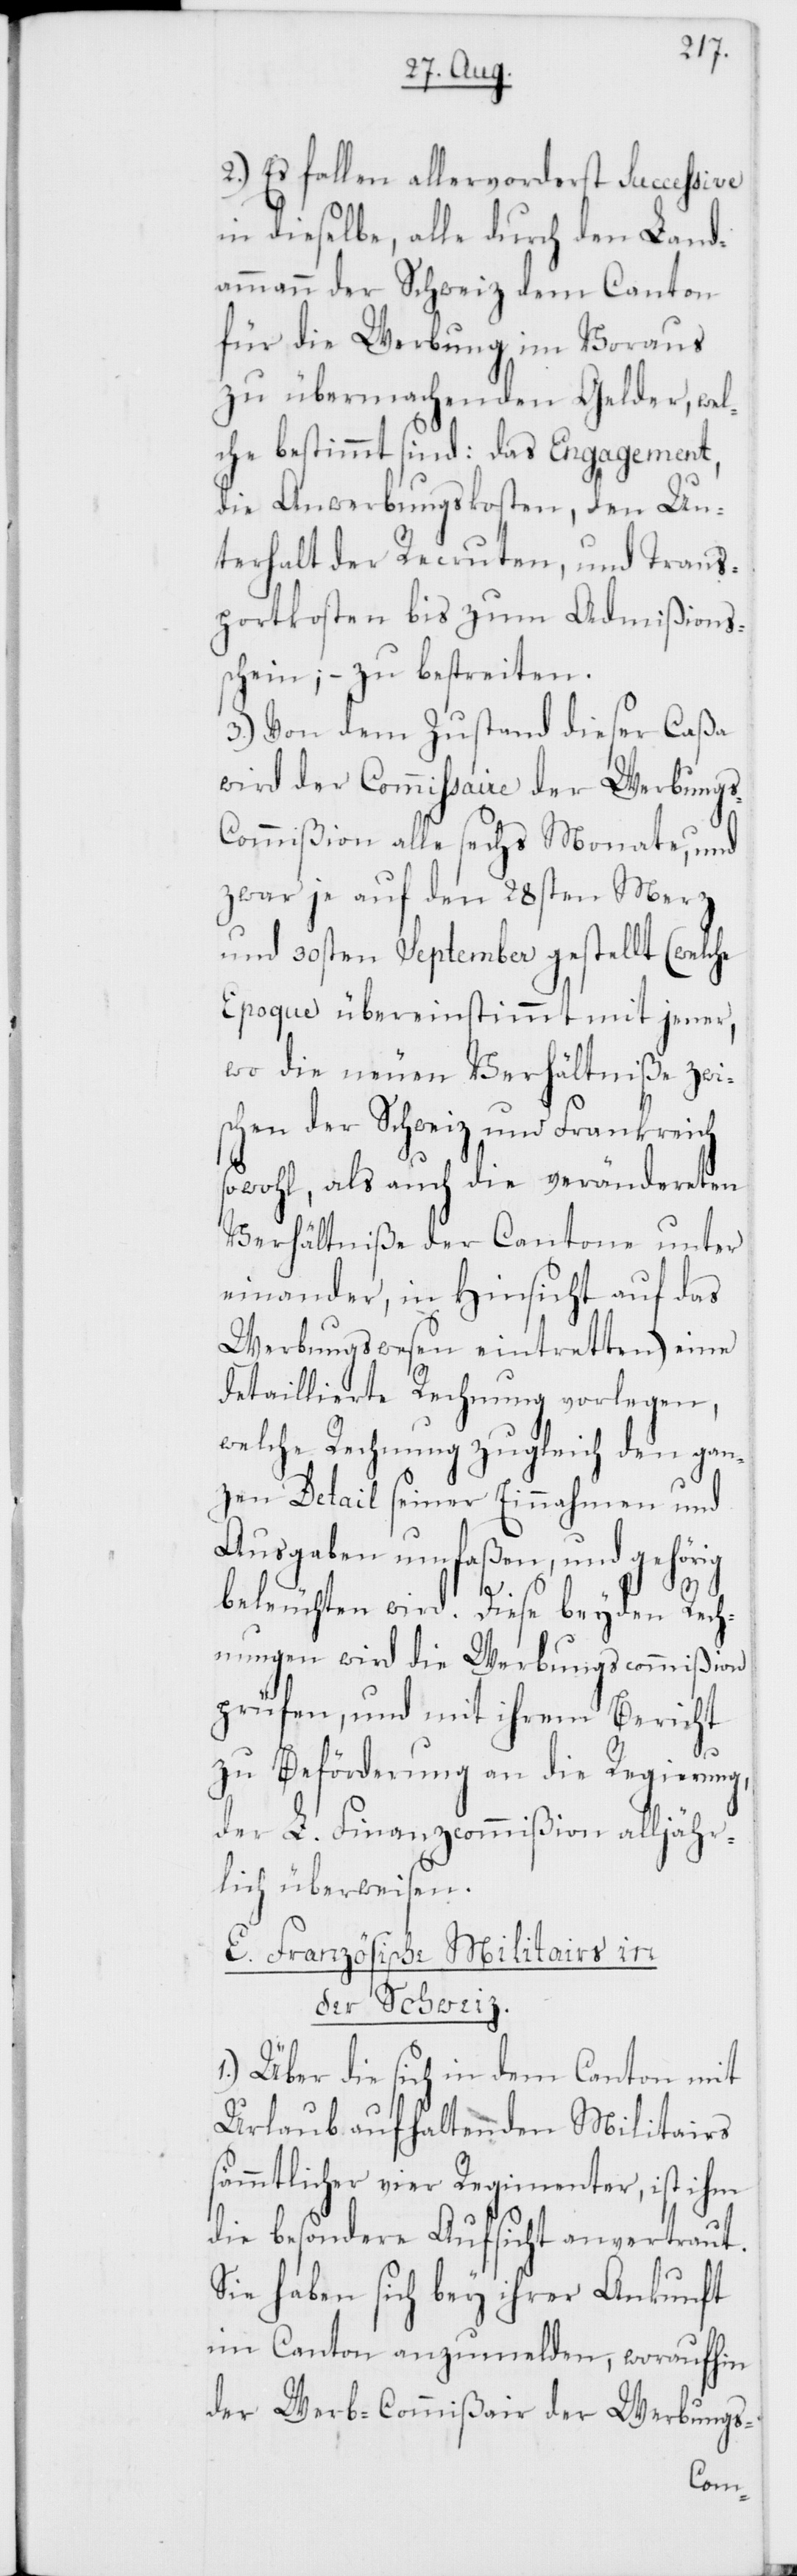
2.) Es fallen allervorderst Successive
in dieselbe, alle durch den Land¬
ammann der Schweiz dem Canton
für die Werbung im Voraus
zu übermachenden Gelder, wel¬
che bestimmt sind: das Engagement,
die Anwerbungskosten, den Un¬
terhalt der Recruten, und Trans¬
portkosten bis zum Admißions¬
schein; – zu bestreiten.
3.) Von dem Zustand dieser Caßa
wird der Commissaire der Werbung¬
s-Commißion alle sechs Monate, und
zwar je auf den 28sten Merz
und 30sten September gestellt (welche
Epoque übereinstimmend mit jener,
wo die neuen Verhältniße zwi¬
schen der Schweiz und Frankreich
sowohl, als auch die verändereten
Verhältniße der Cantone unter
einander, in Hinsicht auf das
Werbungswesen eintretten) eine
detaillierte Rechnung vorlegen,
welche Rechnung zugleich den gan¬
zen Detail seiner Einnahmen und
Ausgaben umfaßen, und gehörig
beleuchten wird. Diese beyden Rech¬
nungen wird die Werbungscommißion
prüfen, und mit ihrem Bericht
zu Beförderung an die Regierung,
der L. Finanzcommißion alljähr¬
lich überweisen.
E. Französische Militairs in
der Schweiz.
1.) Über die sich in dem Canton mit
Urlaub aufhaltenden Militairs
sämmtlicher vier Regimenter, ist ihm
die besondere Aufsicht anvertraut.
Sie haben sich bey ihrer Ankunft
im Canton anzumelden, woraufhin
der Werb-Commißair der Werbungs-